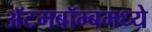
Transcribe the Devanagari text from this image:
अॅटमबॉम्बमध्ये